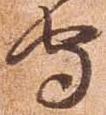
守